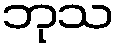
ဘုသ